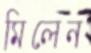
মিলেন